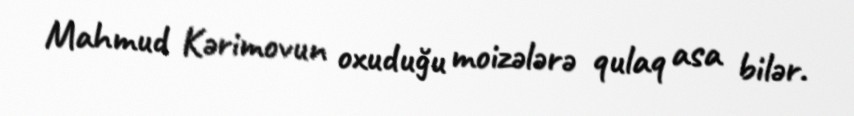
Mahmud Kərimovun oxuduğu moizələrə qulaq asa bilər.